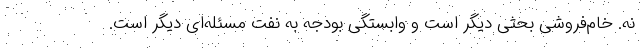
نه. خام‌فروشی بحثی دیگر است و وابستگی بودجه به نفت مسئله‌ای دیگر است.